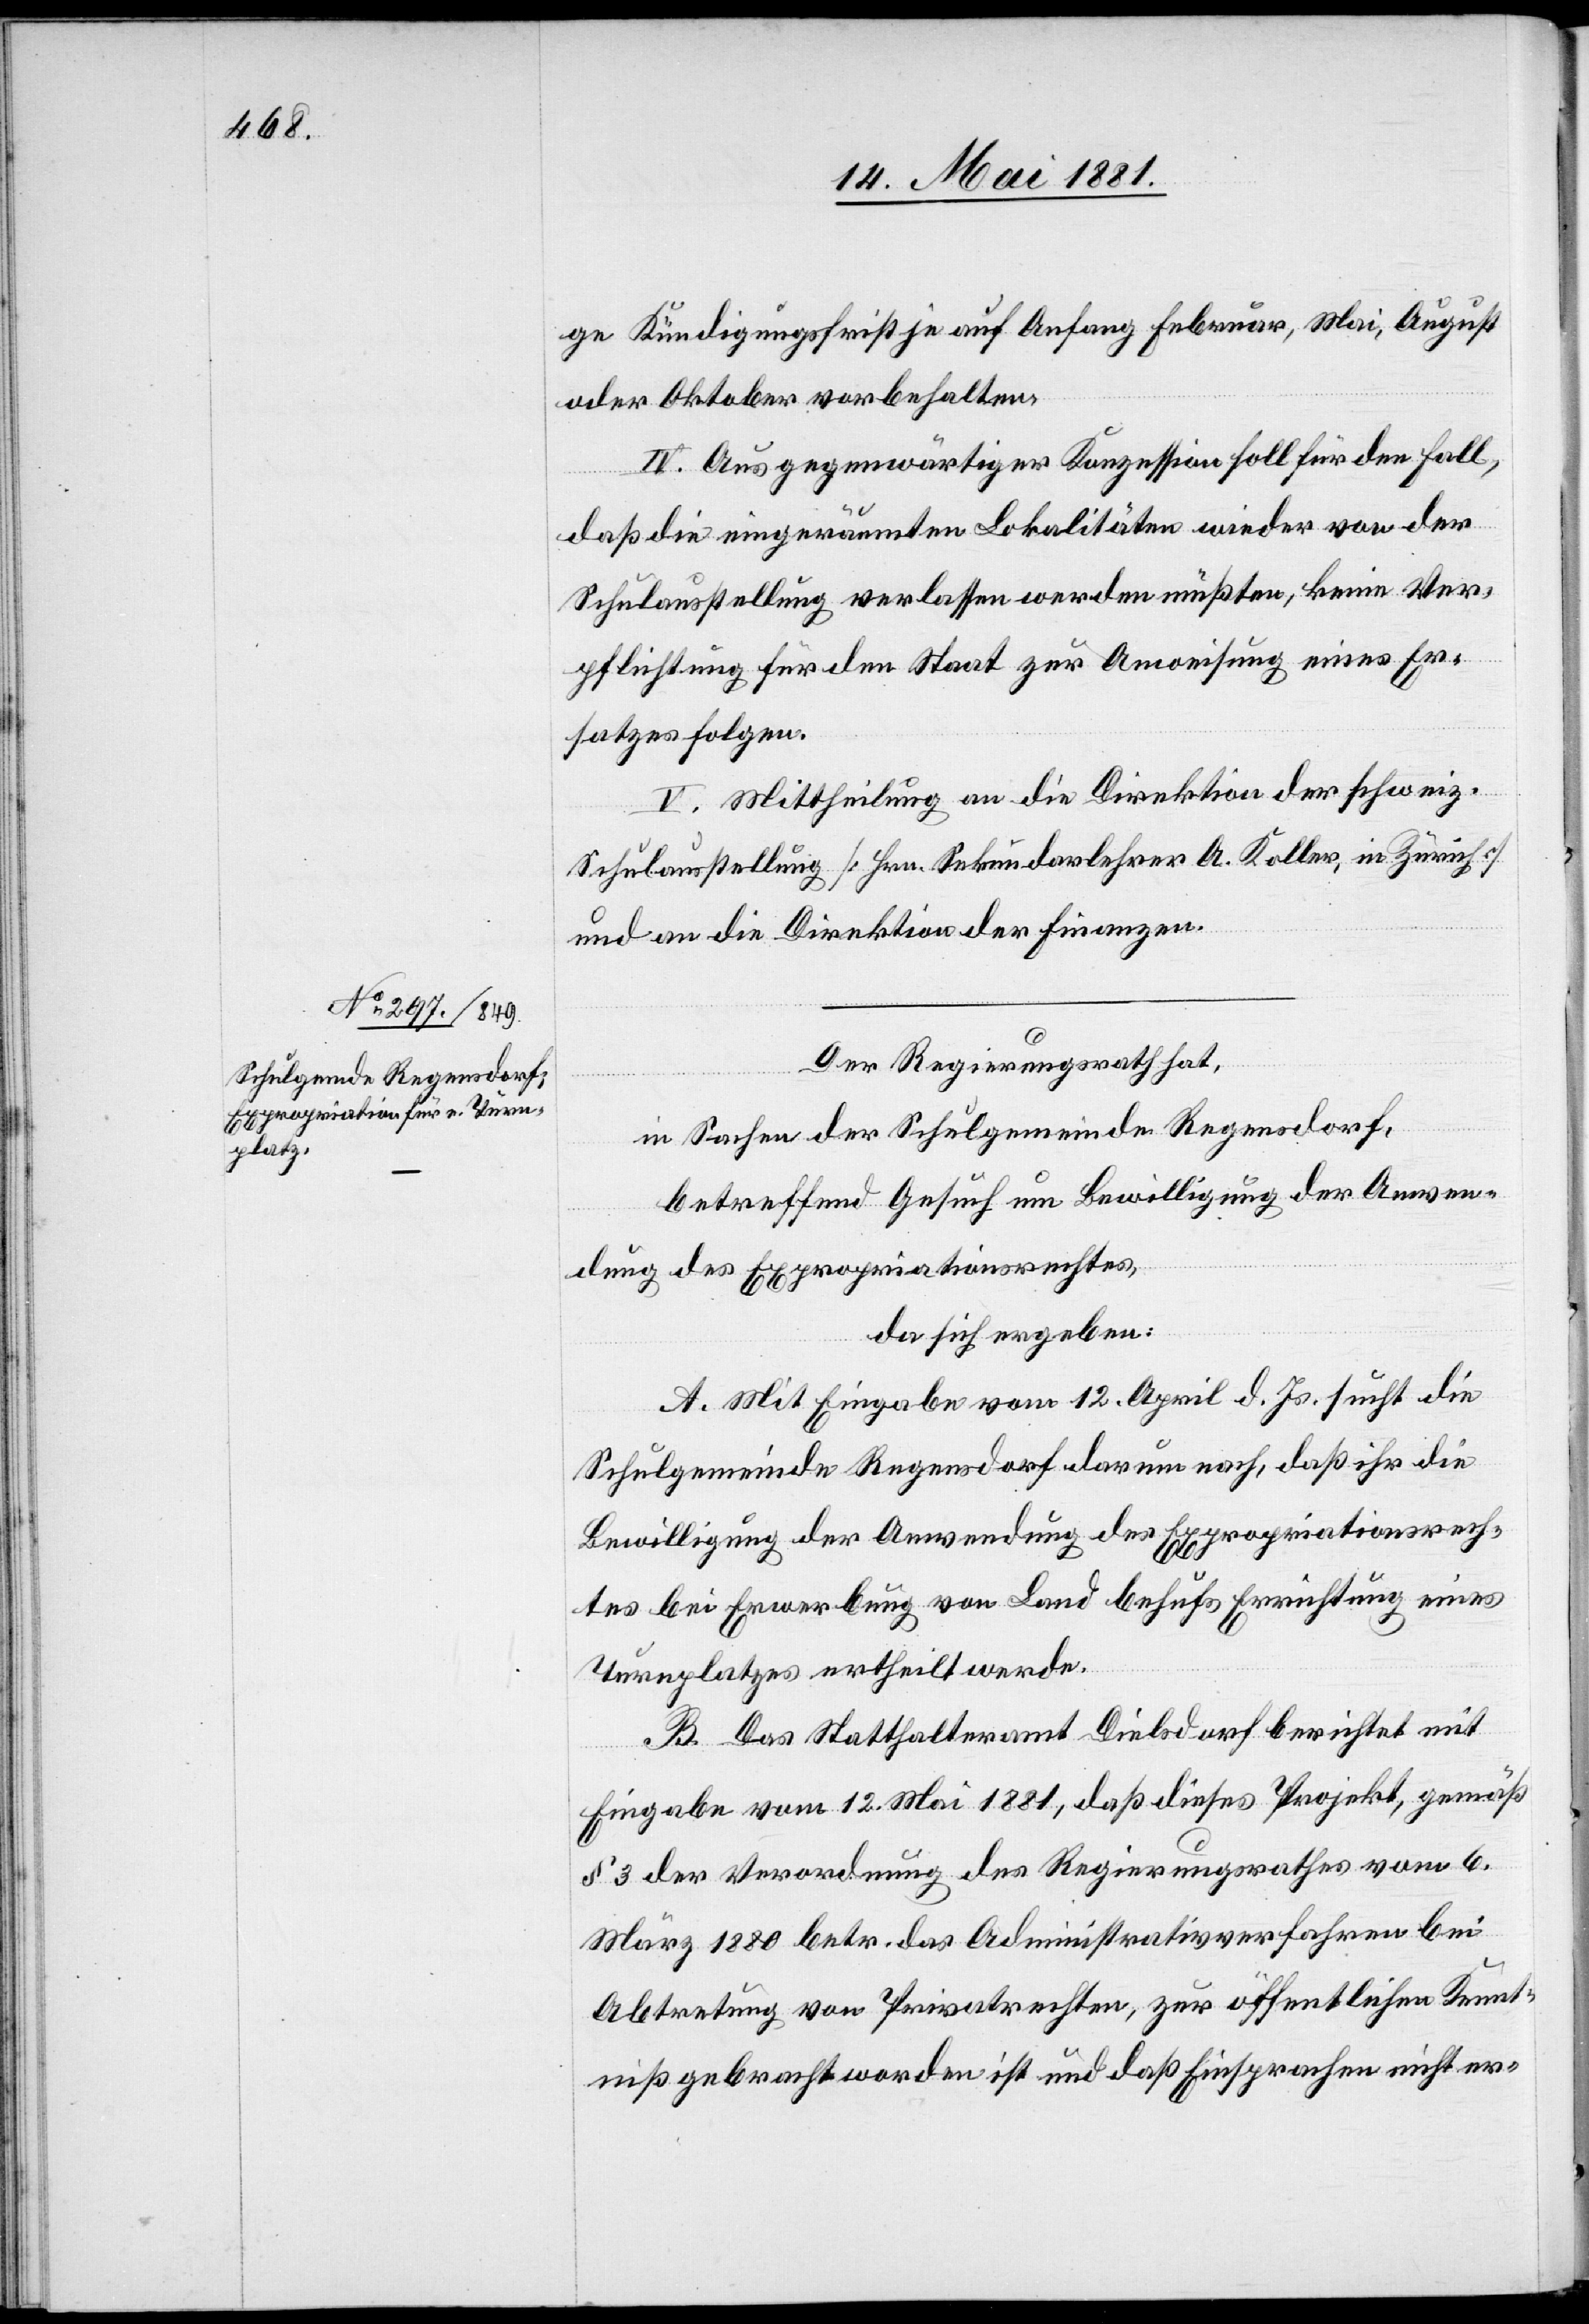
ge Kündigungsfrist je auf Anfang Februar, Mai, August
oder Oktober vorbehalten.
IV. Aus gegenwärtiger Konzession soll für den Fall,
daß die eingeräumten Lokalitäten wieder von der
Schulausstellung verlassen werden müßten, keine Ver¬
pflichtung für den Staat zur Anweisung eines Er¬
satzes folgen.
V. Mittheilung an der Direktion der schweiz.
Schulausstellung [Hrn. Sekundarlehrer A. Koller, in Zürich]
und an die Direktion der Finanzen.
Der Regierungsrath,
in Sachen der Schulgemeinde Regensdorf,
betreffend Gesuch um Bewilligung der Anwen¬
dung des Expropriationsrechtes,
da sich ergeben:
A. Mit Eingabe vom 12. April d. Js. sucht die
Schulgemeinde Regensdorf darum nach, daß ihr die
Bewilligung der Anwendung des Expropriationsrech¬
tes bei Erwerbung von Land behufs Errichtung eines
Turnplatzes ertheilt werde.
B. Das Statthalteramt Dielsdorf berichtet mit
Eingabe vom 12. Mai 1881, daß dieses Projekt, gemäß
§ 3 der Verordnung des Regierungsrathes vom 6.
März 1880 betr. das Administrativverfahren bei
Abtretung von Privatrechten, zur öffentlichen Kennt¬
niß gebracht worden ist und daß Einsprachen nicht er-